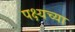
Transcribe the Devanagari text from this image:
पक्ष्यच्या